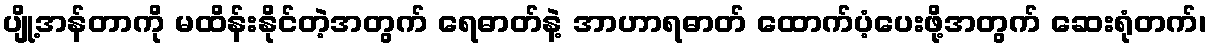
ပျို့အန်တာကို မထိန်းနိုင်တဲ့အတွက် ရေဓာတ်နဲ့ အာဟာရဓာတ် ထောက်ပံ့ပေးဖို့အတွက် ဆေးရုံတက်၊